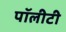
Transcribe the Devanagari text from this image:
पॉलीटी